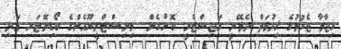
ހިޖާމާ ޖެހުމުގެ ޚިދުމަތް ދެވޭނީ ރަޖިސްޓްރީ ކޮށްގެން  މިނިސްޓްރީޔޫއެންގެ ކޯޑިނޭޓަރ އަދި